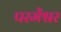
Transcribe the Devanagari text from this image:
परमेंश्वर